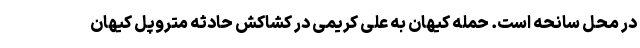
در محل سانحه است. حمله کیهان به علی کریمی در کشاکش حادثه متروپل کیهان